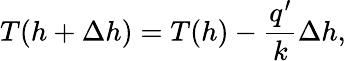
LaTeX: T(h+\Delta h)=T(h)-\frac{q^{\prime}}{k}\Delta h,